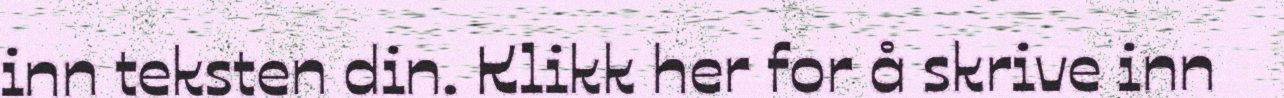
inn teksten din. Klikk her for å skrive inn